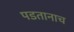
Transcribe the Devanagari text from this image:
पडतानाच